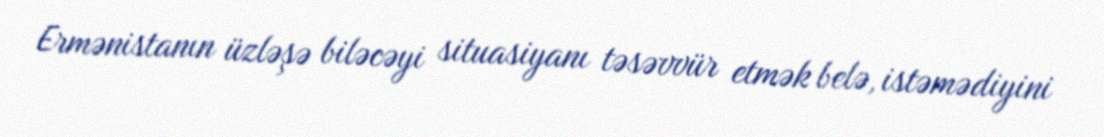
Ermənistanın üzləşə biləcəyi situasiyanı təsəvvür etmək belə, istəmədiyini